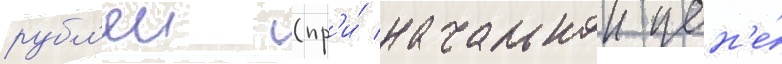
рубл'еи (пр'и́ начальнои цен'е́